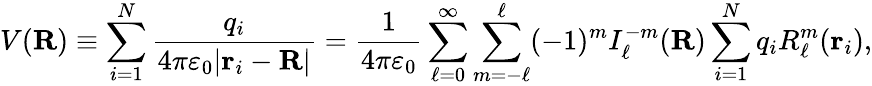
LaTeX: V(\mathbf{R})\equiv\sum_{i=1}^{N}{\frac{q_{i}}{4\pi\varepsilon_{0}|\mathbf{r}_{i}-\mathbf{R}|}}={\frac{1}{4\pi\varepsilon_{0}}}\sum_{\ell=0}^{\infty}\sum_{m=-\ell}^{\ell}(-1)^{m}I_{\ell}^{-m}(\mathbf{R})\sum_{i=1}^{N}q_{i}R_{\ell}^{m}(\mathbf{r}_{i}),